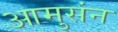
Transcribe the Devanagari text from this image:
आमुसंन